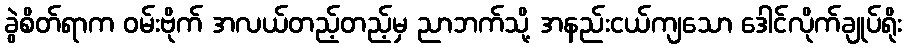
ခွဲစိတ်ရာက ဝမ်းဗိုက် အလယ်တည့်တည့်မှ ညာဘက်သို့ အနည်းငယ်ကျသော ဒေါင်လိုက်ချုပ်ရိုး